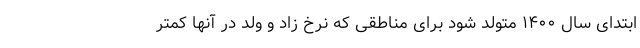
ابتدای سال ۱۴۰۰ متولد شود برای مناطقی که نرخ زاد و ولد در آنها کمتر